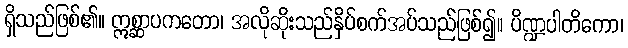
ရှိသည်ဖြစ်၏။ ဣစ္ဆာပကတော၊ အလိုဆိုးသည်နှိပ်စက်အပ်သည်ဖြစ်၍။ ပိဏ္ဍပါတိကော၊